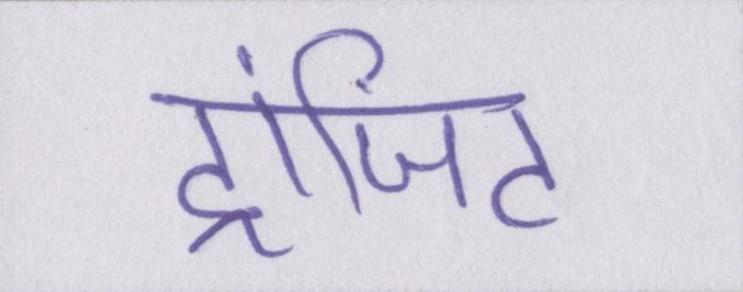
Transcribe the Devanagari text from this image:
ट्रांजिट